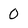
Character: 0